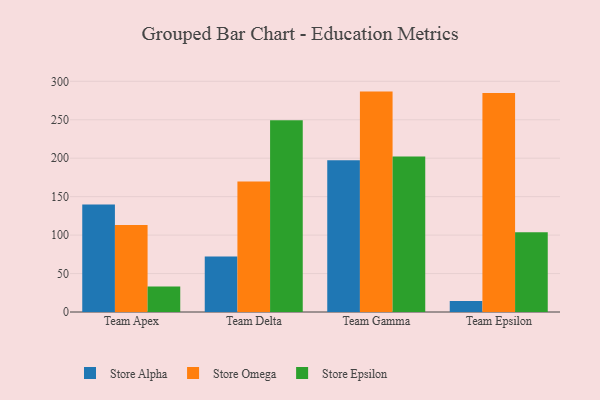
{"axis": {"x": "Team", "y": "Temperature (°C)"}, "legend": ["Store Alpha", "Store Epsilon", "Store Omega"], "data": [{"x": "Team Apex", "y": 139.7, "type": "Store Alpha"}, {"x": "Team Apex", "y": 113.2, "type": "Store Omega"}, {"x": "Team Apex", "y": 33.2, "type": "Store Epsilon"}, {"x": "Team Delta", "y": 72.1, "type": "Store Alpha"}, {"x": "Team Delta", "y": 169.6, "type": "Store Omega"}, {"x": "Team Delta", "y": 249.2, "type": "Store Epsilon"}, {"x": "Team Gamma", "y": 197.2, "type": "Store Alpha"}, {"x": "Team Gamma", "y": 286.6, "type": "Store Omega"}, {"x": "Team Gamma", "y": 202.1, "type": "Store Epsilon"}, {"x": "Team Epsilon", "y": 14.4, "type": "Store Alpha"}, {"x": "Team Epsilon", "y": 284.7, "type": "Store Omega"}, {"x": "Team Epsilon", "y": 103.6, "type": "Store Epsilon"}]}